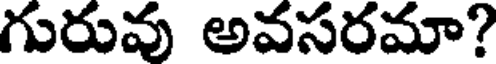
గురువు అవసరమా?